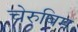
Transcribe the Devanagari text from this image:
चेरुबिम